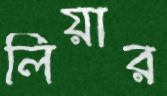
লিয়ার